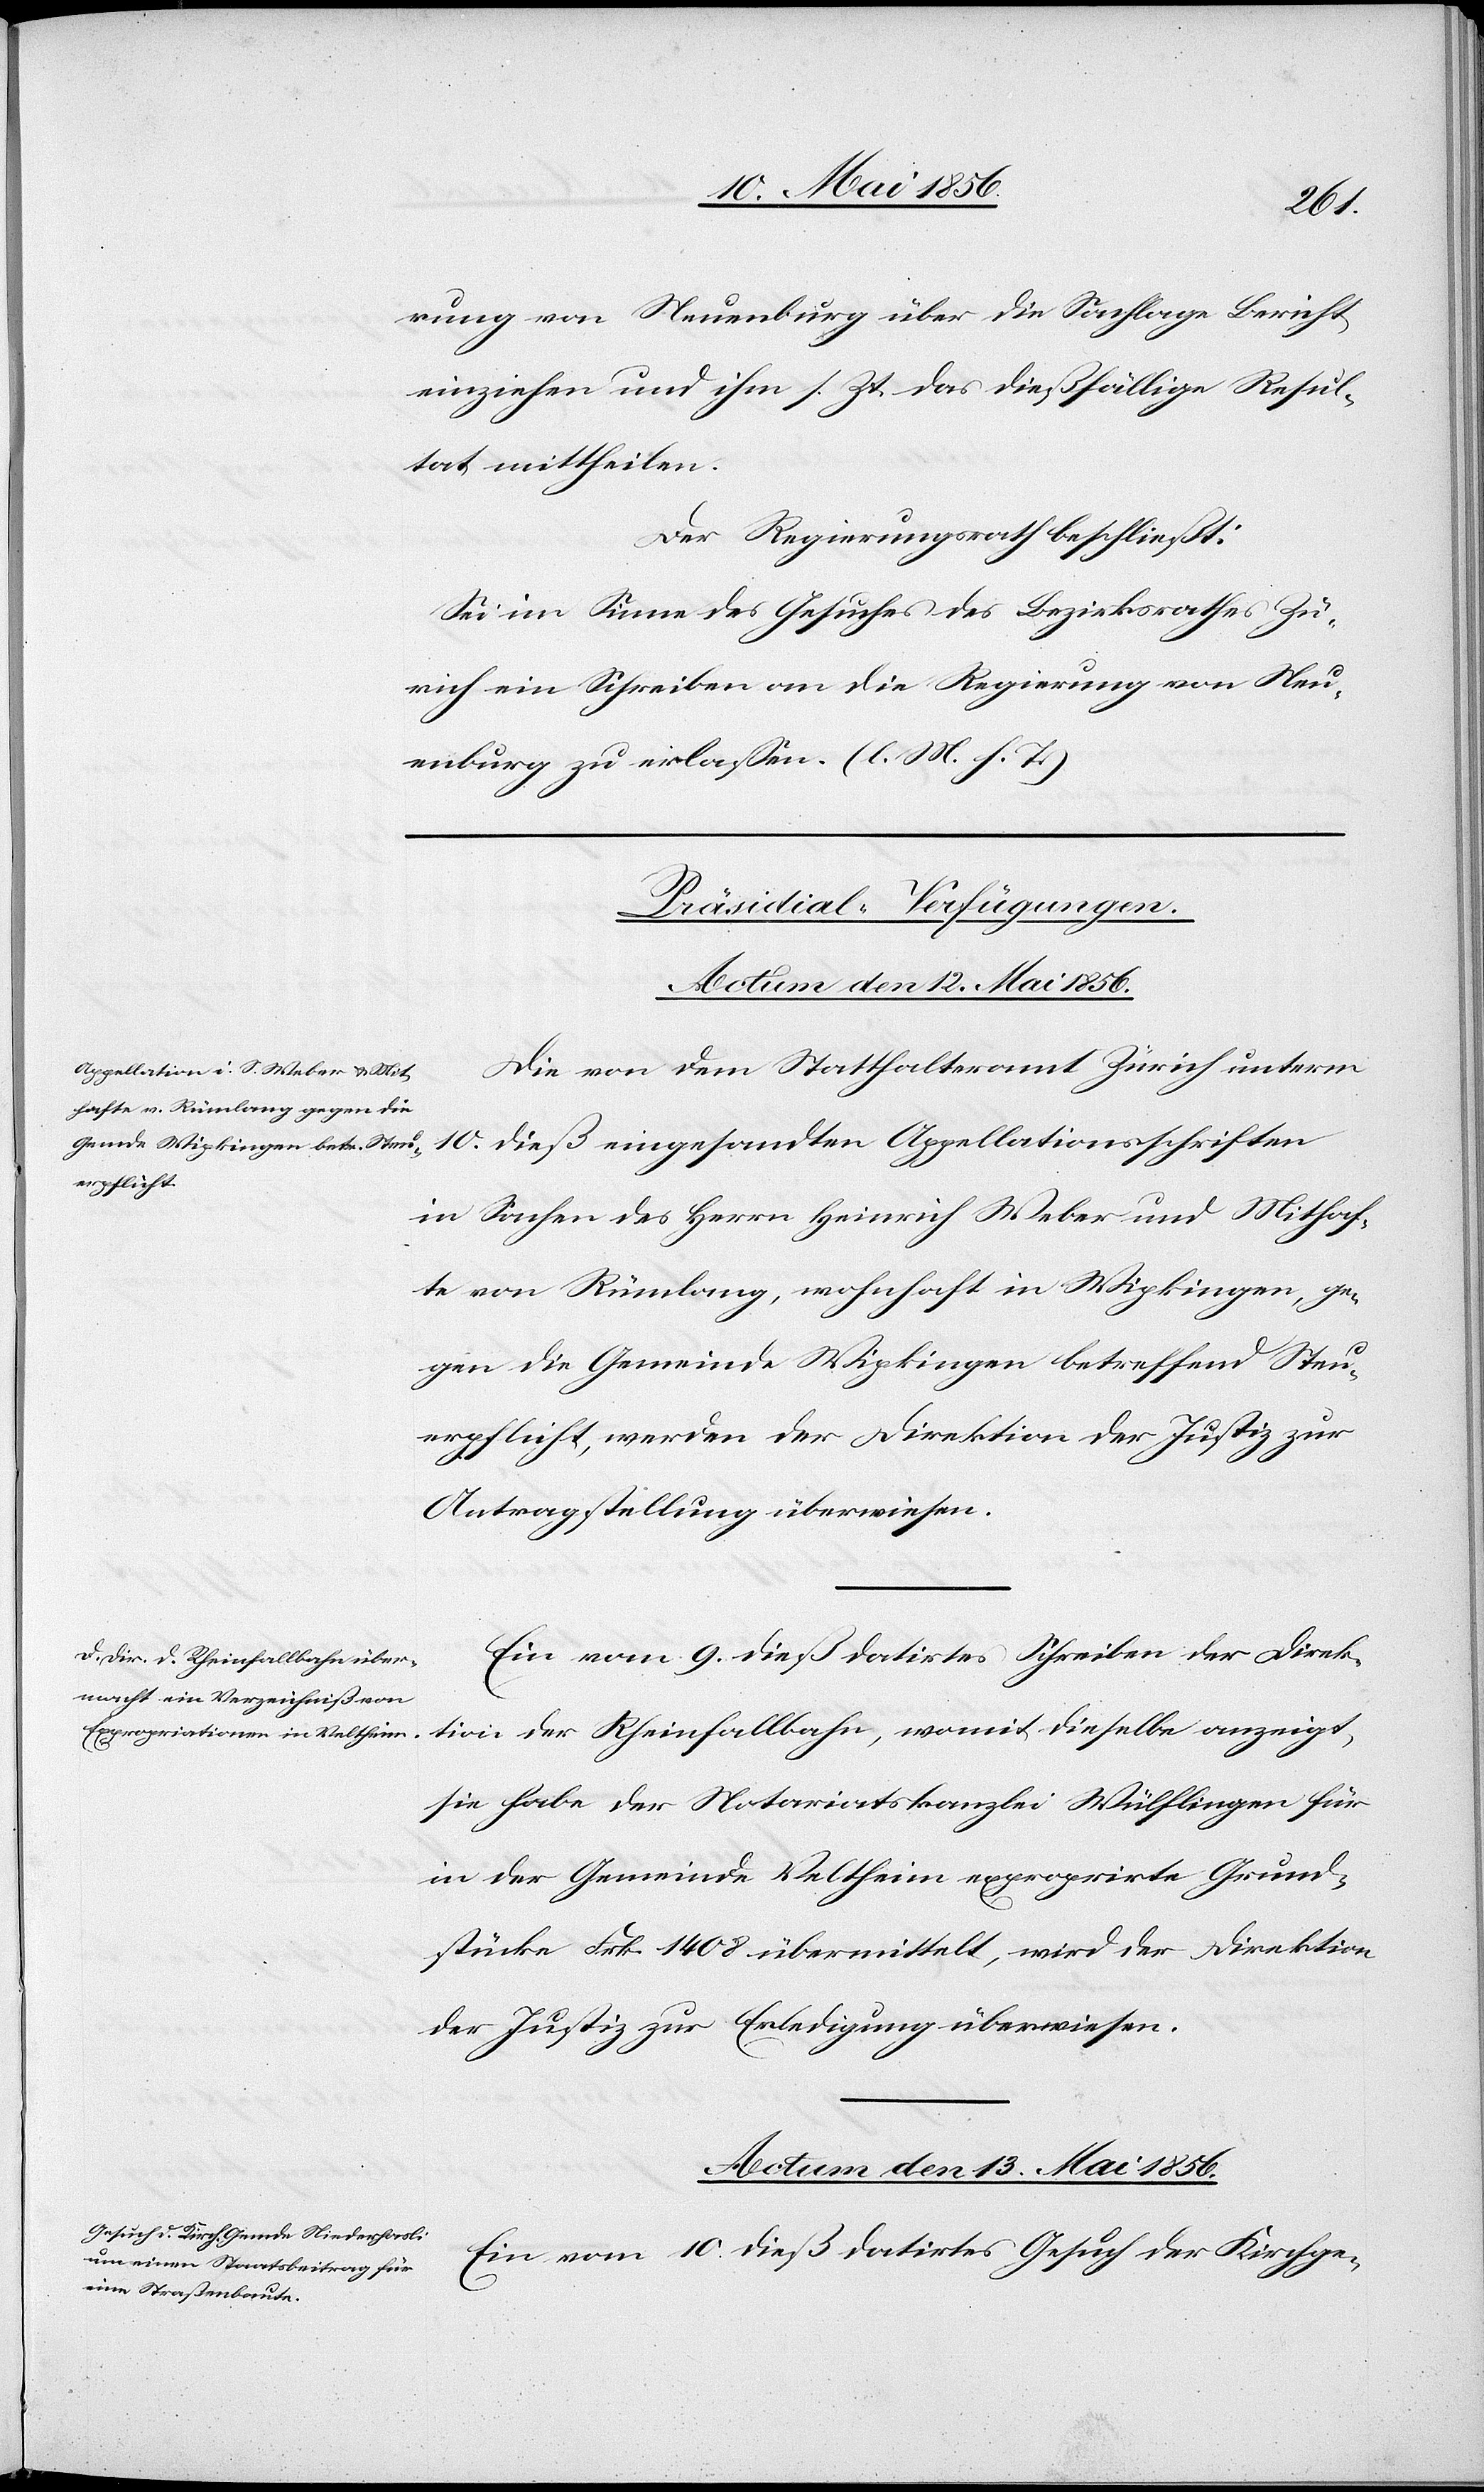
rung von Neuenburg über die Sachlage Bericht
einziehen und ihm s. Zt. das dießfällige Resul¬
tat mittheilen.
Der Regierungsrath beschließt:
Sei im Sinne des Gesuches des Bezirksrath Zü¬
rich ein Schreiben an die Regierung von Neu¬
enburg zu erlassen. (l. M. h. T.)
[Präsidial-Verfügungen.]
Die von dem Statthalteramte Zürich unterm
10. dieß eingesandten Appellationsschriften
in Sachen des Herrn Heinrich Weber und Mithaf¬
te von Rümlang, wohnhaft in Wipkingen, ge¬
gen die Gemeinde Wipkingen betreffend Steu¬
erpflicht, werden der Direktion der Justiz zur
Antragstellung überwiesen.
Ein vom 9. dieß datirtes Schreiben der Direk¬
tion der Rheinfallbahn, womit dieselbe anzeigt,
sie habe der Notariatskanzlei Wülflingen für
in der Gemeinde Veltheim exproprirte Grund¬
stücke Frk. 1408 übermittelt, wird der Direktion
der Justiz zur Erledigung überwiesen.
Actum den 13. Mai 1856.
Ein vom 10. dieß datirtes Gesuch der Kirchge-